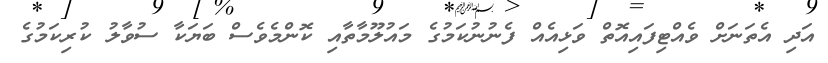
އަދި އެތަނަށް ވެއްޓިފައިއޮތް ވަޅިއެއް ފެނުނުކަމުގެ މައުލޫމާތާއި ކޮންމެވެސް ބަޔަކާ ސުވާލު ކުރިކަމުގެ